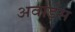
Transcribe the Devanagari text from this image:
अवार्ड्स